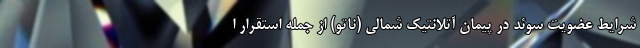
شرایط عضویت سوئد در پیمان آتلانتیک شمالی (ناتو) از جمله استقرار ا